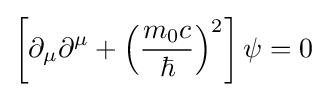
\left[\partial _{\mu }\partial ^{\mu }+\left({\frac {m_{0}c}{\hbar }}\right)^{2}\right]\psi =0